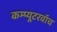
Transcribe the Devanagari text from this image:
कम्प्यूटरवॉच